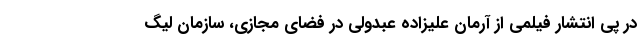
در پی انتشار فیلمی از آرمان علیزاده عبدولی در فضای مجازی، سازمان لیگ